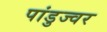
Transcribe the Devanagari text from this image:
पांडुज्वर